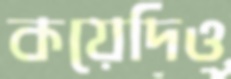
কয়েদিও